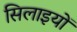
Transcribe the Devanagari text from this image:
सिलाइयों